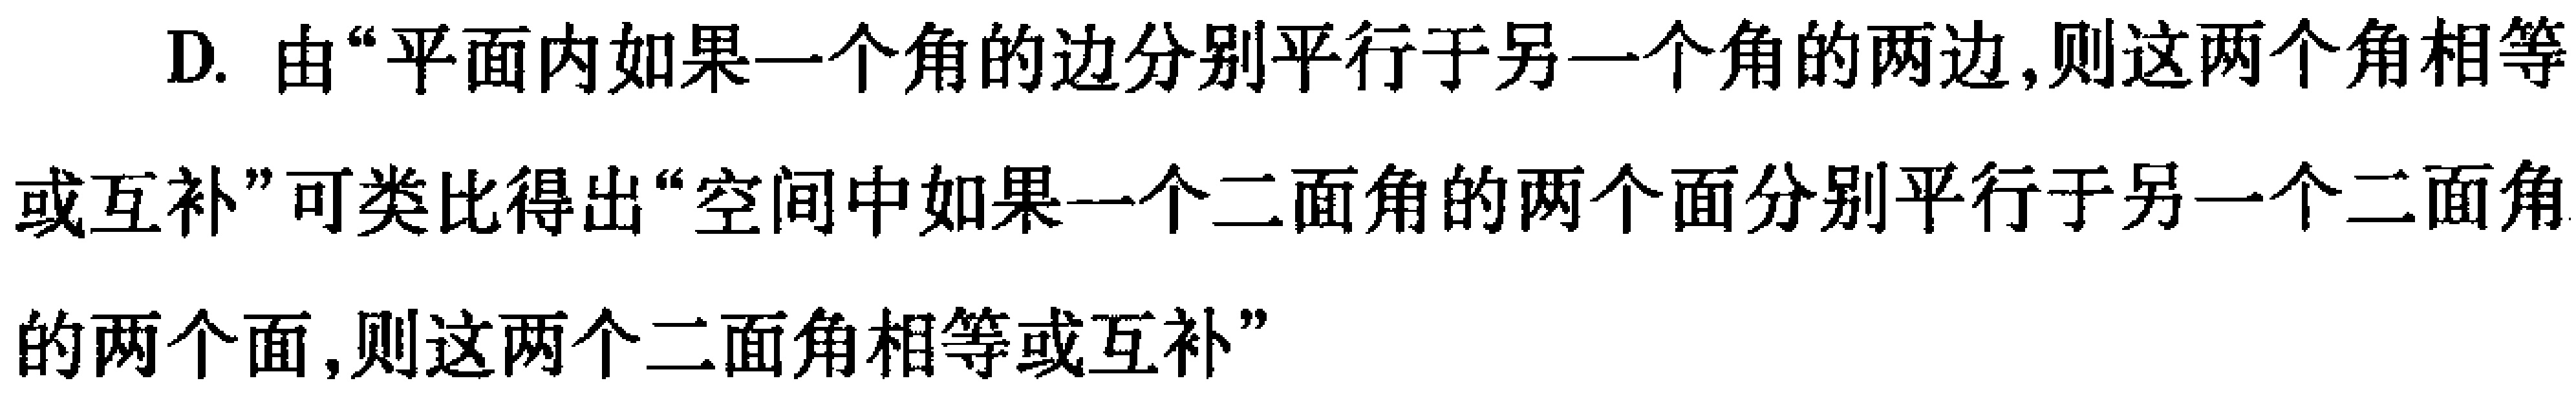
D. 由“平面内如果一个角的边分别平行于另一个角的两边,则这两个角相等或互补”可类比得出“空间中如果一个二面角的两个面分别平行于另一个二面角的两个面,则这两个二面角相等或互补”